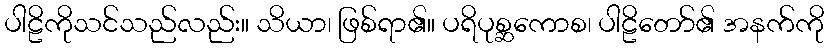
ပါဠိကိုသင်သည်လည်း။ သိယာ၊ ဖြစ်ရာ၏။ ပရိပုစ္ဆကောစ၊ ပါဠိတော်၏ အနက်ကို